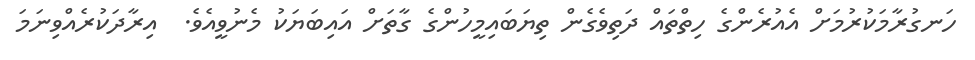
ހަނގުރާމަކުރުމަށް އެއުރެންގެ ހިތްތައް ދަތިވެގެން ތިޔަބައިމީހުންގެ ގާތަށް އައިބަޔަކު މެނުވީއެވެ.  އިރާދަކުރެއްވިނަމަ